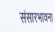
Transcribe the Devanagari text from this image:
संसारभावना